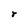
Character: r